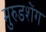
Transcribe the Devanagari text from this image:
मुरुडशेंग